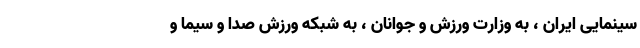
سینمایی ایران ، به وزارت ورزش و جوانان ، به شبکه ورزش صدا و سیما و